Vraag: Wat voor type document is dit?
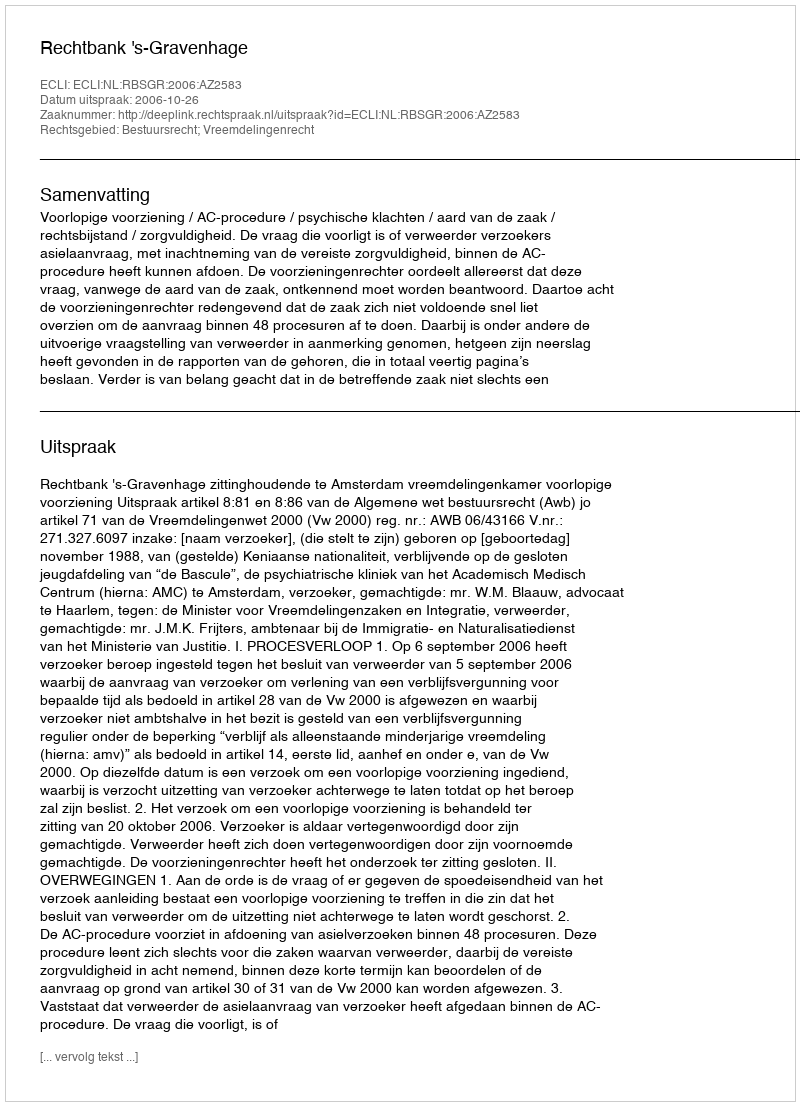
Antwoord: Uitspraak